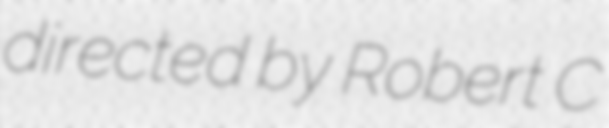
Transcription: directed by Robert C